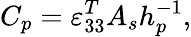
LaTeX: C_{p}=\varepsilon_{33}^{T}A_{s}h_{p}^{-1},